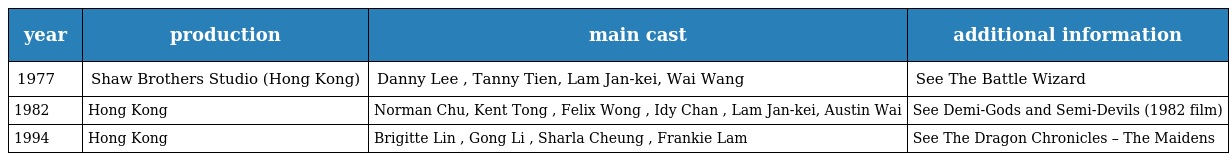
| year | production | main cast | additional information |
 | --- | --- | --- | --- |
 | 1977 | Shaw Brothers Studio (Hong Kong) | Danny Lee , Tanny Tien, Lam Jan-kei, Wai Wang | See The Battle Wizard |
 | 1982 | Hong Kong | Norman Chu, Kent Tong , Felix Wong , Idy Chan , Lam Jan-kei, Austin Wai | See Demi-Gods and Semi-Devils (1982 film) |
 | 1994 | Hong Kong | Brigitte Lin , Gong Li , Sharla Cheung , Frankie Lam | See The Dragon Chronicles – The Maidens |